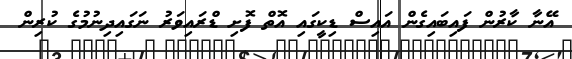
އޭނާ ކާރުން ފައިބައިގެން އައިސް ޑިކީގައި އޮތް ފޮށި ޑްރައިވަރު ނަގައިދިނުމުގެ ކުރިން